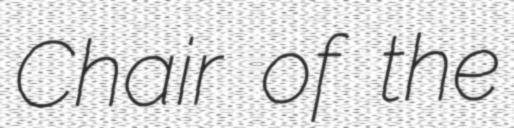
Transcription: Chair of the